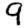
Digit: 9